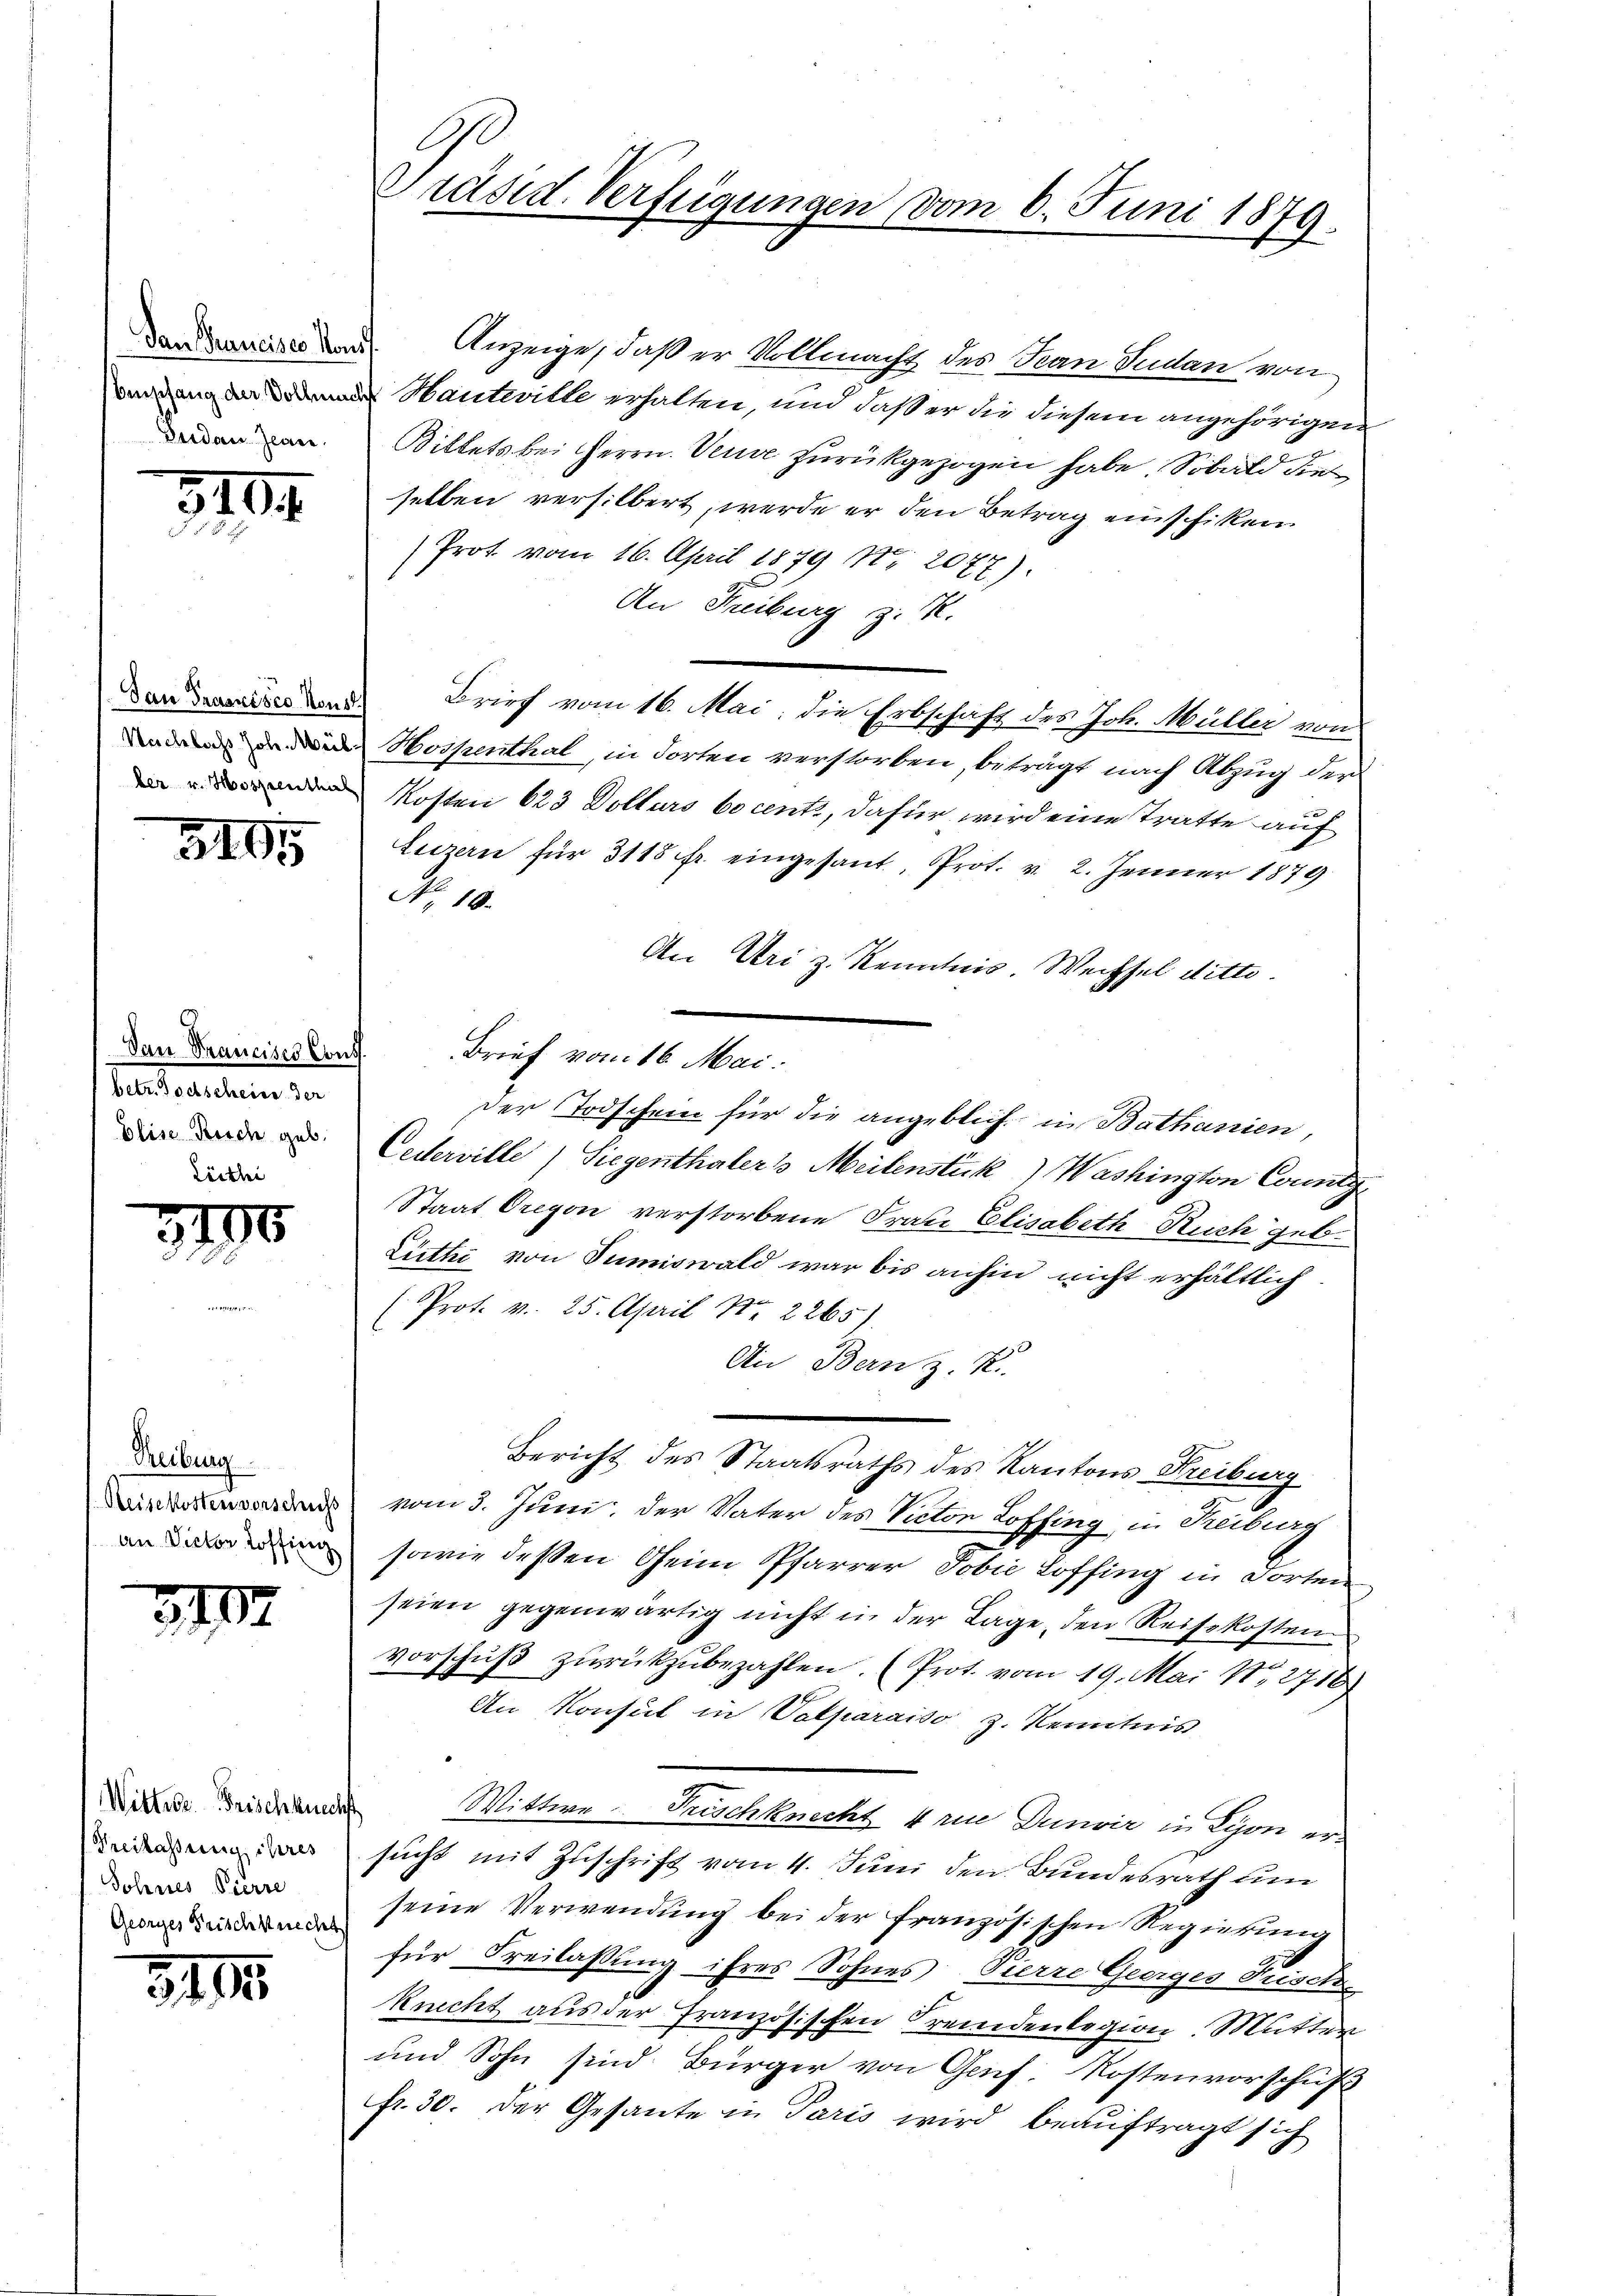
Derdan Jean

3194

San Francisco Nous
Nachlass Joh. Mülber v. Hospenthal

3105

betr. Todtscheine der
Elise Risch geb.

3790

Treiburg
Reisekosten vorschuss
an Victor Hoffing

3102

Wittwe Frischknechst
(Freilassung ihres
Sohnes Pierre
Georges Frischknechts

3195

C
Präsid. Verfügungen vom 6. Juni 1879.

den Bonis den Anzeige, daß er Vollmacht des Jean Sudan von
wendung an Bad Hautwille erhalten, und daß er die diesem angehörigen
Billets bei Herrn. Veuve zurückgezogen habe. Sobald die
selben versilbert, werde er den Betrag einschiken
 Prot vom 16. April 1879 No 2077).
An Freiburg z. R.
Brief vom 16. Mai, die Erbschaft des Joh. Müller von
Hospenthal, in dorten verstorben, beträgt nach Abzug der
Kosten 623 Dollars bocents, dafür wird eine Tratte auf
Liezern für 3115 fr. eingesant, Prot. v. 2. Jenner 1879
No. 10.
An Uri z. Kenntnis. Wechsel ditto.
der Todschein für die angeblich in Bathanien,
Cederville) Siegenthaler Meilenstück) Washington County
Staat Oregon verstorbene Frau Elisabeth Ruch geb.
Lütt von Sumiswald war bis anhin nicht erhältlich
(Prot. v. 25. April 187. 2265).
An Bern z. K.
Bericht des Staatsraths des Kantons Kreiburg
vom 3. Juni, der Vater des Victor Loffing in Reiburg
sowie dessen Oheim Pfarrer Jobić Loffing in dorten
seien gegenwärtig nicht in der Lage, den Reisekosten
vorschuß zurückzubezahlen. (Prot. vom 19. Mai No 2716)
An Konsul in Valparaiso z. Kenntnis
Wittwe Frischknecht 4 rie Dunvir in Lyon ersucht mit Zuschrift vom 4. Juni den Bundesrath um
seine Verwendung bei der französischen Regierung
für Freilassung ihres Sohnes Pierre Georges Fisch
Ruicht aus der Französischen Fremdenlegion. Mutter
und Sohn sind Bürger von Genf. Kostenvorschuß
fr. 30. Der Gesante in Paris wird beauftragt sich

Dan Francises Cons. Brief vom 16. Mai.